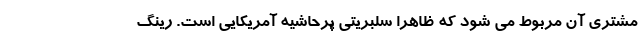
مشتری آن مربوط می شود که ظاهرا سلبریتی پرحاشیه آمریکایی است. رینگ